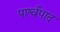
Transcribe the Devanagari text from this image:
पार्श्वपाद